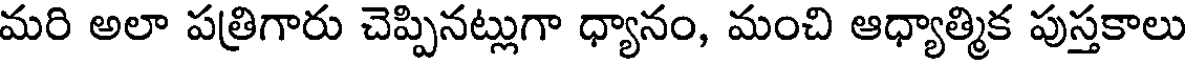
మరి అలా పత్రిగారు చెప్పినట్లుగా ధ్యానం, మంచి ఆధ్యాత్మిక పుస్తకాలు